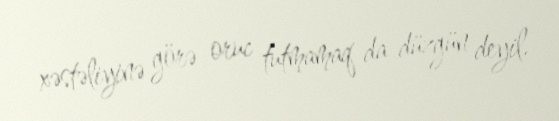
xəstəliyinə görə oruc tutmamaq da düzgün deyil.